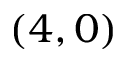
( 4 , 0 )